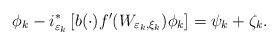
LaTeX: \begin{align*}\phi_{k}-i_{\varepsilon_{k}}^{\ast}\left[ b(\cdot)f^{\prime}(W_{\varepsilon_{k},\xi_{k}})\phi_{k}\right] =\psi_{k}+\zeta_{k}. \end{align*}